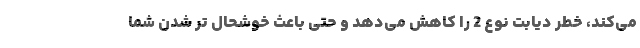
می‌کند، خطر دیابت نوع 2 را کاهش می‌دهد و حتی باعث خوشحال‌ تر شدن شما